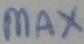
Text: max